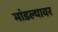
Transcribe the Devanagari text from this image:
मांडल्यावर